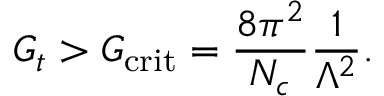
G _ { t } > G _ { \mathrm { c r i t } } = \frac { 8 \pi ^ { 2 } } { N _ { c } } \frac { 1 } { \Lambda ^ { 2 } } .